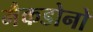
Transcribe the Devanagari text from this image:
मैकडोनो